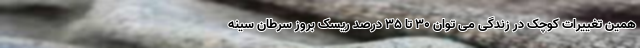
همین تغییرات کوچک در زندگی می توان ۳۰ تا ۳۵ درصد ریسک بروز سرطان سینه